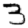
Digit: 3